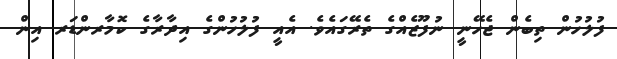
ފުލުހުން ތިބެން ޖެހޭނީ ނުފޫޒެއްގެ ތެރޭގައެވެ. އެއީ ފުލުހުންގެ އިދާރާގެ ކޮމާރންޑަރ އިން